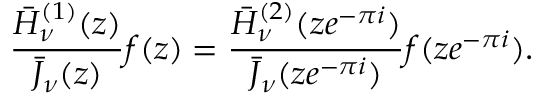
\frac { \bar { H } _ { \nu } ^ { ( 1 ) } ( z ) } { \bar { J } _ { \nu } ( z ) } f ( z ) = \frac { \bar { H } _ { \nu } ^ { ( 2 ) } ( z e ^ { - \pi i } ) } { \bar { J } _ { \nu } ( z e ^ { - \pi i } ) } f ( z e ^ { - \pi i } ) .